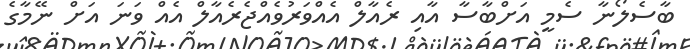
ބާސެލޯނާ ސެމީ އަށްބާސާ އާއި ރެއާލް އެއްވަރުވެއްޖެރެއާލް އެއް ވަނަ އަށް ނޭމާގެ